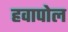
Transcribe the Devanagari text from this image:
हवापोल